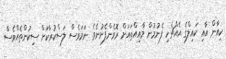
ކިއާން އާއި ކައިލްގެ އެއްޗެހި ފެނުމުން މާއިއްތައަށް ރޮވެންފެށުނެވެ. ނަމަވެސް ލަސްކުރާކަށް ސިކުންތެއްވެސް